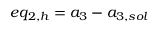
e q _ { 2 , h } = { a _ { 3 } } - { a _ { 3 , s o l } }